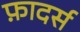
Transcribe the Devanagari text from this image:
फ़ादर्स